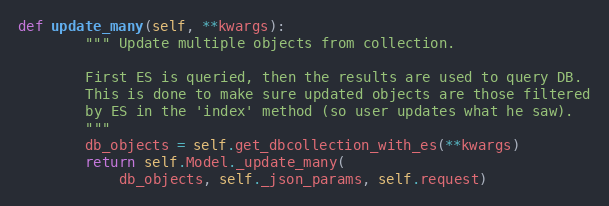
Language: Python
def update_many(self, **kwargs):
        """ Update multiple objects from collection.

        First ES is queried, then the results are used to query DB.
        This is done to make sure updated objects are those filtered
        by ES in the 'index' method (so user updates what he saw).
        """
        db_objects = self.get_dbcollection_with_es(**kwargs)
        return self.Model._update_many(
            db_objects, self._json_params, self.request)